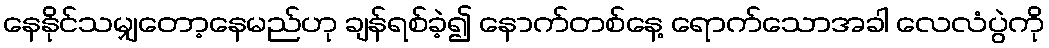
နေနိုင်သမျှတော့နေမည်ဟု ချန်ရစ်ခဲ့၍ နောက်တစ်နေ့ ရောက်သောအခါ လေလံပွဲကို